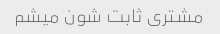
مشتری ثابت شون میشم